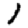
Digit: 1